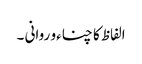
الفاظ کا چناءو روانی ۔